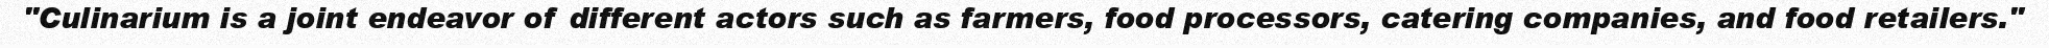
"Culinarium is a joint endeavor of different actors such as farmers, food processors, catering companies, and food retailers."